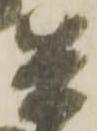
兵